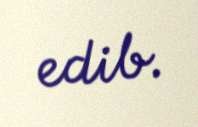
edib.